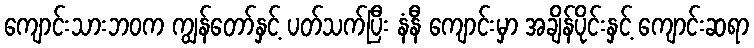
ကျောင်းသားဘဝက ကျွန်တော်နှင့် ပတ်သက်ပြီး နံနီ ကျောင်းမှာ အချိန်ပိုင်းနှင့် ကျောင်းဆရာ